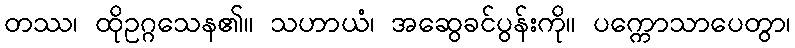
တဿ၊ ထိုဥဂ္ဂသေန၏။ သဟာယံ၊ အဆွေခင်ပွန်းကို။ ပက္ကောသာပေတွာ၊